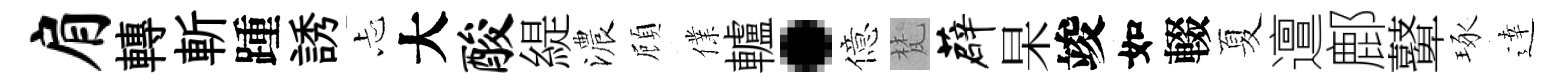
肩轉斬踵誘忐大酸緹濃頋㒒轤·億梵薜杲竣如輟夏邅鄜鼙琢逹